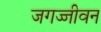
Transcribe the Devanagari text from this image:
जगज्जीवन